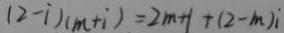
( 2 - i ) ( m + i ) = 2 m + 1 + ( 2 - m ) i